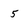
Character: 5